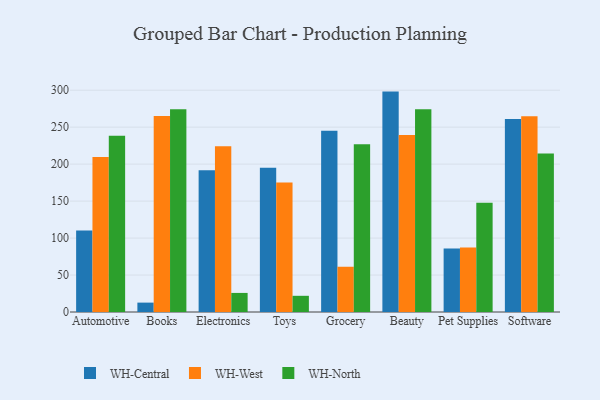
{"axis": {"x": "Category", "y": "Waste Production (Tons)"}, "legend": ["WH-Central", "WH-North", "WH-West"], "data": [{"x": "Automotive", "y": 110.2, "type": "WH-Central"}, {"x": "Automotive", "y": 209.6, "type": "WH-West"}, {"x": "Automotive", "y": 238.4, "type": "WH-North"}, {"x": "Books", "y": 12.7, "type": "WH-Central"}, {"x": "Books", "y": 265.0, "type": "WH-West"}, {"x": "Books", "y": 274.2, "type": "WH-North"}, {"x": "Electronics", "y": 191.8, "type": "WH-Central"}, {"x": "Electronics", "y": 224.3, "type": "WH-West"}, {"x": "Electronics", "y": 25.8, "type": "WH-North"}, {"x": "Toys", "y": 195.0, "type": "WH-Central"}, {"x": "Toys", "y": 175.3, "type": "WH-West"}, {"x": "Toys", "y": 21.9, "type": "WH-North"}, {"x": "Grocery", "y": 245.2, "type": "WH-Central"}, {"x": "Grocery", "y": 61.2, "type": "WH-West"}, {"x": "Grocery", "y": 226.8, "type": "WH-North"}, {"x": "Beauty", "y": 298.1, "type": "WH-Central"}, {"x": "Beauty", "y": 239.3, "type": "WH-West"}, {"x": "Beauty", "y": 274.1, "type": "WH-North"}, {"x": "Pet Supplies", "y": 85.8, "type": "WH-Central"}, {"x": "Pet Supplies", "y": 87.4, "type": "WH-West"}, {"x": "Pet Supplies", "y": 147.6, "type": "WH-North"}, {"x": "Software", "y": 261.1, "type": "WH-Central"}, {"x": "Software", "y": 264.6, "type": "WH-West"}, {"x": "Software", "y": 214.5, "type": "WH-North"}]}